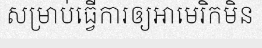
សម្រាប់ធ្វើការឲ្យអាមេរិកមិន